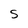
Character: S